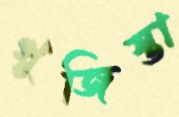
খুজিস্তা